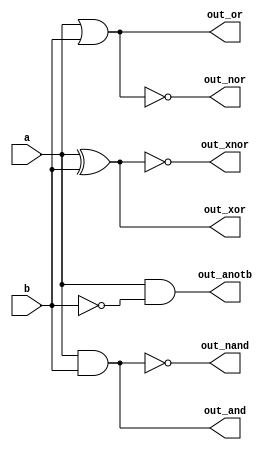
module top_module (
    input wire a,
    input wire b,
    output wire out_and,
    output wire out_or,
    output wire out_xor,
    output wire out_nand,
    output wire out_nor,
    output wire out_xnor,
    output wire out_anotb
);
    // Logic operations
    assign out_and  = a & b;
    assign out_or   = a | b;
    assign out_xor  = a ^ b;
    assign out_nand = ~(a & b);
    assign out_nor  = ~(a | b);
    assign out_xnor = ~(a ^ b);
    assign out_anotb = a & ~b;
endmodule